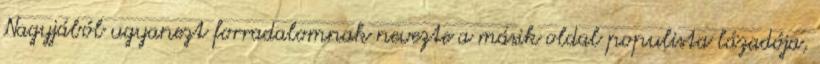
Nagyjából ugyanezt forradalomnak nevezte a másik oldal populista lázadója,